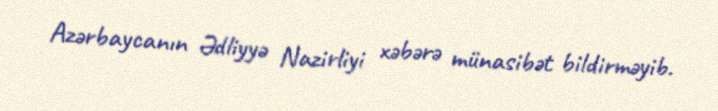
Azərbaycanın Ədliyyə Nazirliyi xəbərə münasibət bildirməyib.